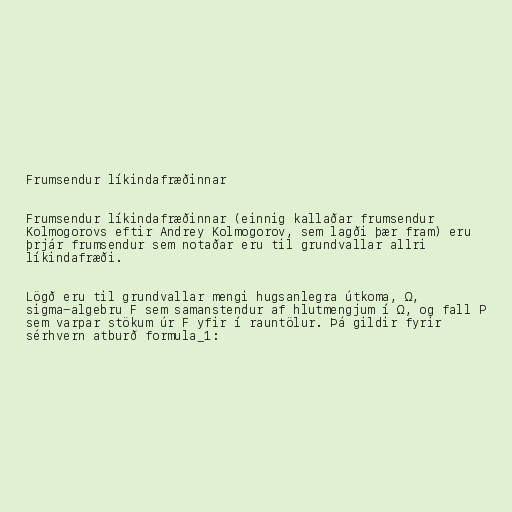
Frumsendur líkindafræðinnar

Frumsendur líkindafræðinnar (einnig kallaðar frumsendur
Kolmogorovs eftir Andrey Kolmogorov, sem lagði þær fram) eru
þrjár frumsendur sem notaðar eru til grundvallar allri
líkindafræði.

Lögð eru til grundvallar mengi hugsanlegra útkoma, Ω,
sigma-algebru F sem samanstendur af hlutmengjum í Ω, og fall P
sem varpar stökum úr F yfir í rauntölur. Þá gildir fyrir
sérhvern atburð formula_1: